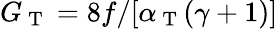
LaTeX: G_{\mathrm{~T~}}=8f/[\alpha_{\mathrm{~T~}}(\gamma+1)]